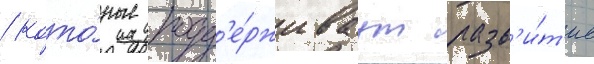
/ кото́рые подд'е́рживаут разв'и́т'ие